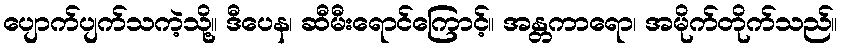
ပျောက်ပျက်သကဲ့သို့။ ဒီပေန၊ ဆီမီးရောင်ကြောင့်။ အန္တကာရော၊ အမိုက်တိုက်သည်။